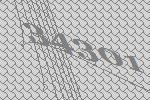
34301